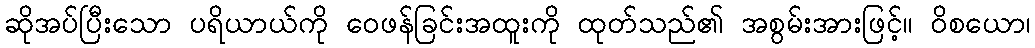
ဆိုအပ်ပြီးသော ပရိယာယ်ကို ဝေဖန်ခြင်းအထူးကို ထုတ်သည်၏ အစွမ်းအားဖြင့်။ ဝိစယော၊